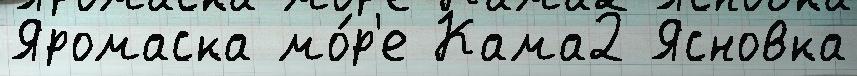
Яромаска мо́р'е Кама2 Ясновка